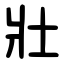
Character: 壯